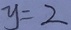
y = 2